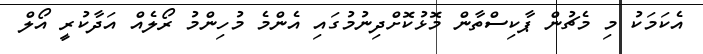
އެކަމަކު މި މެޗުން ޕާކިސްތާން މޮޅުކޮށްދިނުމުގައި އެންމެ މުހިންމު ރޯލެއް އަދާކުރީ އޯލް